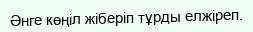
Әнге көңіл жіберіп тұрды елжіреп.